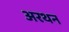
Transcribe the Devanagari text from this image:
अरथन